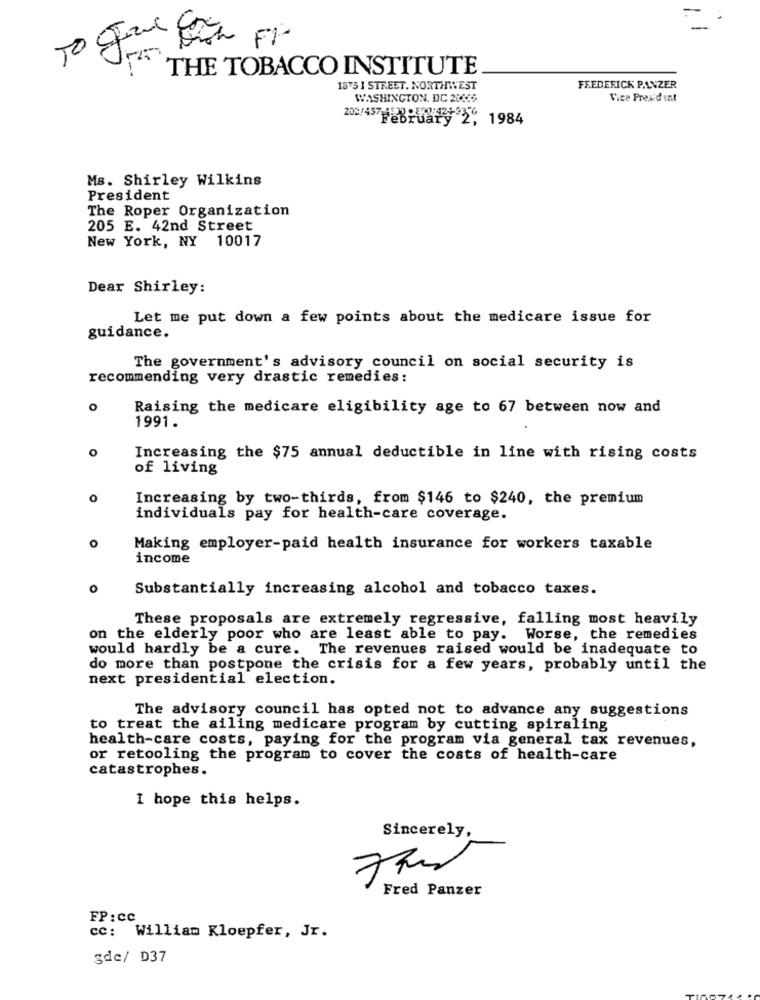
THE TOBACCO INSTITUTE
1875 1 STREET. NORTHWEST
FREDERICK P.LNZER
WASHINGTON, DC 2006
Vice President
202/457 6538
"February 2, 1984
Ms. Shirley Wilkins
President
The Roper Organization
205 E. 42nd Street
New York, NY 10017
Dear Shirley:
Let me put down a few points about the medicare issue for
guidance.
The government's advisory council on social security is
recommending very drastic remedies:
o
Raising the medicare eligibility age to 67 between now and
1991.
O
Increasing the $75 annual deductible in line with rising costs
of living
0
Increasing by two-thirds, from $146 to $240, the premium
individuals pay for health-care coverage.
O
Making employer-paid health insurance for workers taxable
income
O
Substantially increasing alcohol and tobacco taxes.
These proposals are extremely regressive, falling most heavily
on the elderly poor who are least able to pay. Worse, the remedies
would hardly be a cure. The revenues raised would be inadequate to
do more than postpone the crisis for a few years, probably until the
next presidential election.
The advisory council has opted not to advance any suggestions
to treat the ailing medicare program by cutting spiraling
health-care costs, paying for the program via general tax revenues,
or retooling the program to cover the costs of health-care
catastrophes.
I hope this helps.
Sincerely,
Fred Panzer
FP : CC
cc: William Kloepfer, Jr.
gdc/ D37